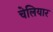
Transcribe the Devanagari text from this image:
चेलियार